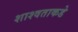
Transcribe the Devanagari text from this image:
शाश्वताकडे